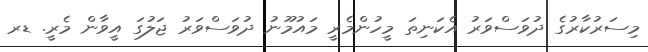
މިސަރުކާރުގެ ދުވަސްވަރު އެކަނިތަ މީހުންމެރީ މައުމޫނު ދުވަސްވަރު ޖަލުގަ އީވާން މެރީ. ޑރ